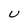
Character: U